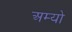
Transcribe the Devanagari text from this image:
अम्यो